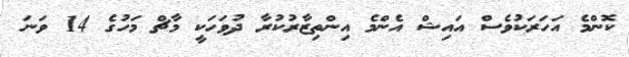
ކޮންމެ އަހަރަކުވެސް އައިޝް އެންމެ އިންތިޒާރުކުރާ ދުވަހަކީ މާޗް މަހުގެ 14 ވަނަ